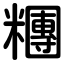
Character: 糰